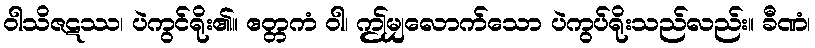
ဝါသိဇဋဿ၊ ပဲကွင်ရိုး၏။ ဧတ္တကံ ဝါ၊ ဤမျှလောက်သော ပဲကွပ်ရိုးသည်လည်း။ ခီဏံ၊